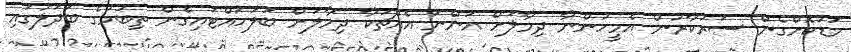
މަޑުކޮށްގެން ސަރުކާރުން އެމީހުންނާ ދިމާލަށް އަންނަ އެއްޗަކާ ދިމާލަށް ބަލަހައްޓައިގެން ތިބުމުގެ ބަދަލުގައި